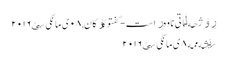
ڕۆژهه‌ڵاتی ناوه‌ڕاست - گفتوگۆکان, ٠٨ ی مانگی سێ ٢٠١٦
سێشه‌ممه‌ ٨ ی مانگی سێ ٢٠١٦